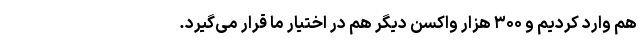
هم وارد کردیم و ۳۰۰ هزار واکسن دیگر هم در اختیار ما قرار می‌گیرد.